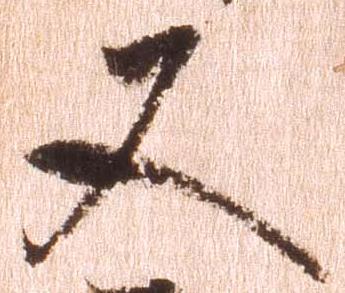
又